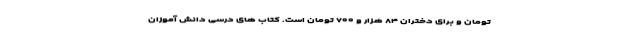
تومان و برای دختران ۸۴ هزار و ۷۰۰ تومان است. کتاب های درسی دانش آموزان